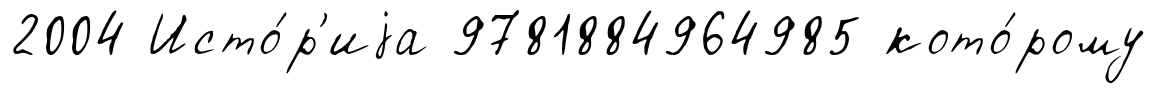
2004 Исто́р'иjа 9781884964985 кото́рому